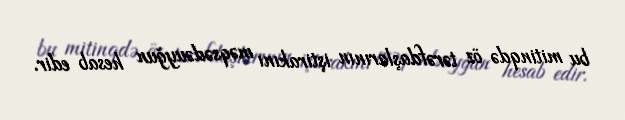
bu mitinqdə öz tərəfdaşlarının iştirakını məqsədəuyğun hesab edir.